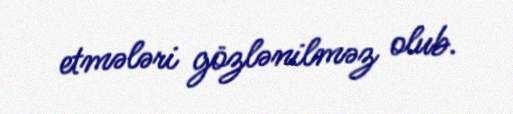
etmələri gözlənilməz olub.